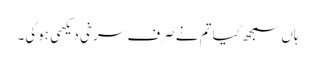
ہاں سمجھ گیا تم نے صرف سرخی دیکھی ہوگی۔